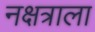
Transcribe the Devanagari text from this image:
नक्षत्राला